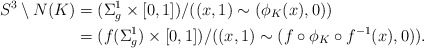
\begin{align*}S^3 \setminus N(K) &= (\Sigma_g^1 \times [0,1])/ ((x, 1) \sim (\phi_K(x), 0)) \\&= (f(\Sigma_g^1) \times [0,1])/ ((x, 1) \sim (f\circ\phi_K\circ f^{-1}(x), 0)).\end{align*}